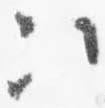
次